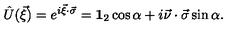
\hat { U } ( \vec { \xi } ) = e ^ { i \vec { \xi } \cdot \vec { \sigma } } = { \bf 1 } _ { 2 } \cos \alpha + i \vec { \nu } \cdot \vec { \sigma } \sin \alpha .